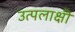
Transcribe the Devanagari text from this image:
उत्पलाक्षी